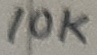
Text: 10K